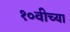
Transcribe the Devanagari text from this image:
१०वीच्या